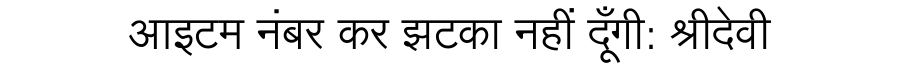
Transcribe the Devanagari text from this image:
आइटम नंबर कर झटका नहीं दूँगी: श्रीदेवी